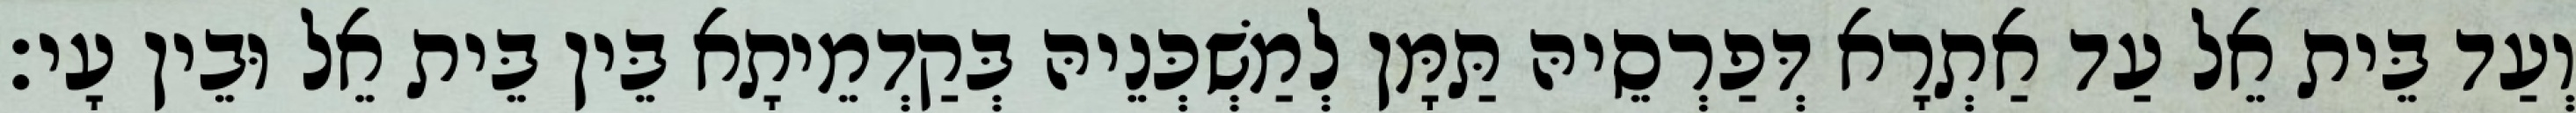
וְעַד בֵּית אֵל עַד אַתְרָא דְּפַרְסֵיהּ תַּמָּן לְמַשְׁכְּנֵיהּ בְּקַדְמֵיתָא בֵּין בֵּית אֵל וּבֵין עָי׃